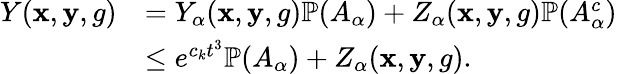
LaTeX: \begin{array}{rl}{Y(\mathbf{x},\mathbf{y},g)}&{=Y_{\alpha}(\mathbf{x},\mathbf{y},g)\mathbb{P}(A_{\alpha})+Z_{\alpha}(\mathbf{x},\mathbf{y},g)\mathbb{P}(A_{\alpha}^{c})}\\ &{\le e^{c_{k}t^{3}}\mathbb{P}(A_{\alpha})+Z_{\alpha}(\mathbf{x},\mathbf{y},g).}\end{array}